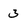
Character: 3